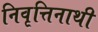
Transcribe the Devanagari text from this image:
निवृत्तिनाथी